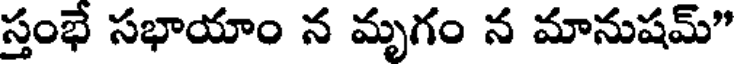
స్తంభే సభాయాం న మృగం న మానుషమ్"